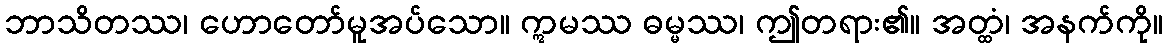
ဘာသိတဿ၊ ဟောတော်မူအပ်သော။ ဣမဿ ဓမ္မဿ၊ ဤတရား၏။ အတ္ထံ၊ အနက်ကို။